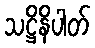
သဋ္ဌိနိပါတ်